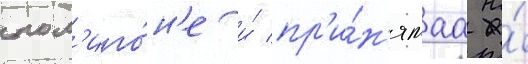
пол'иго́н'е и́ пр'и́н'ятаа на́